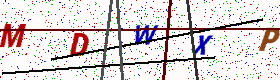
Text: MDWXP